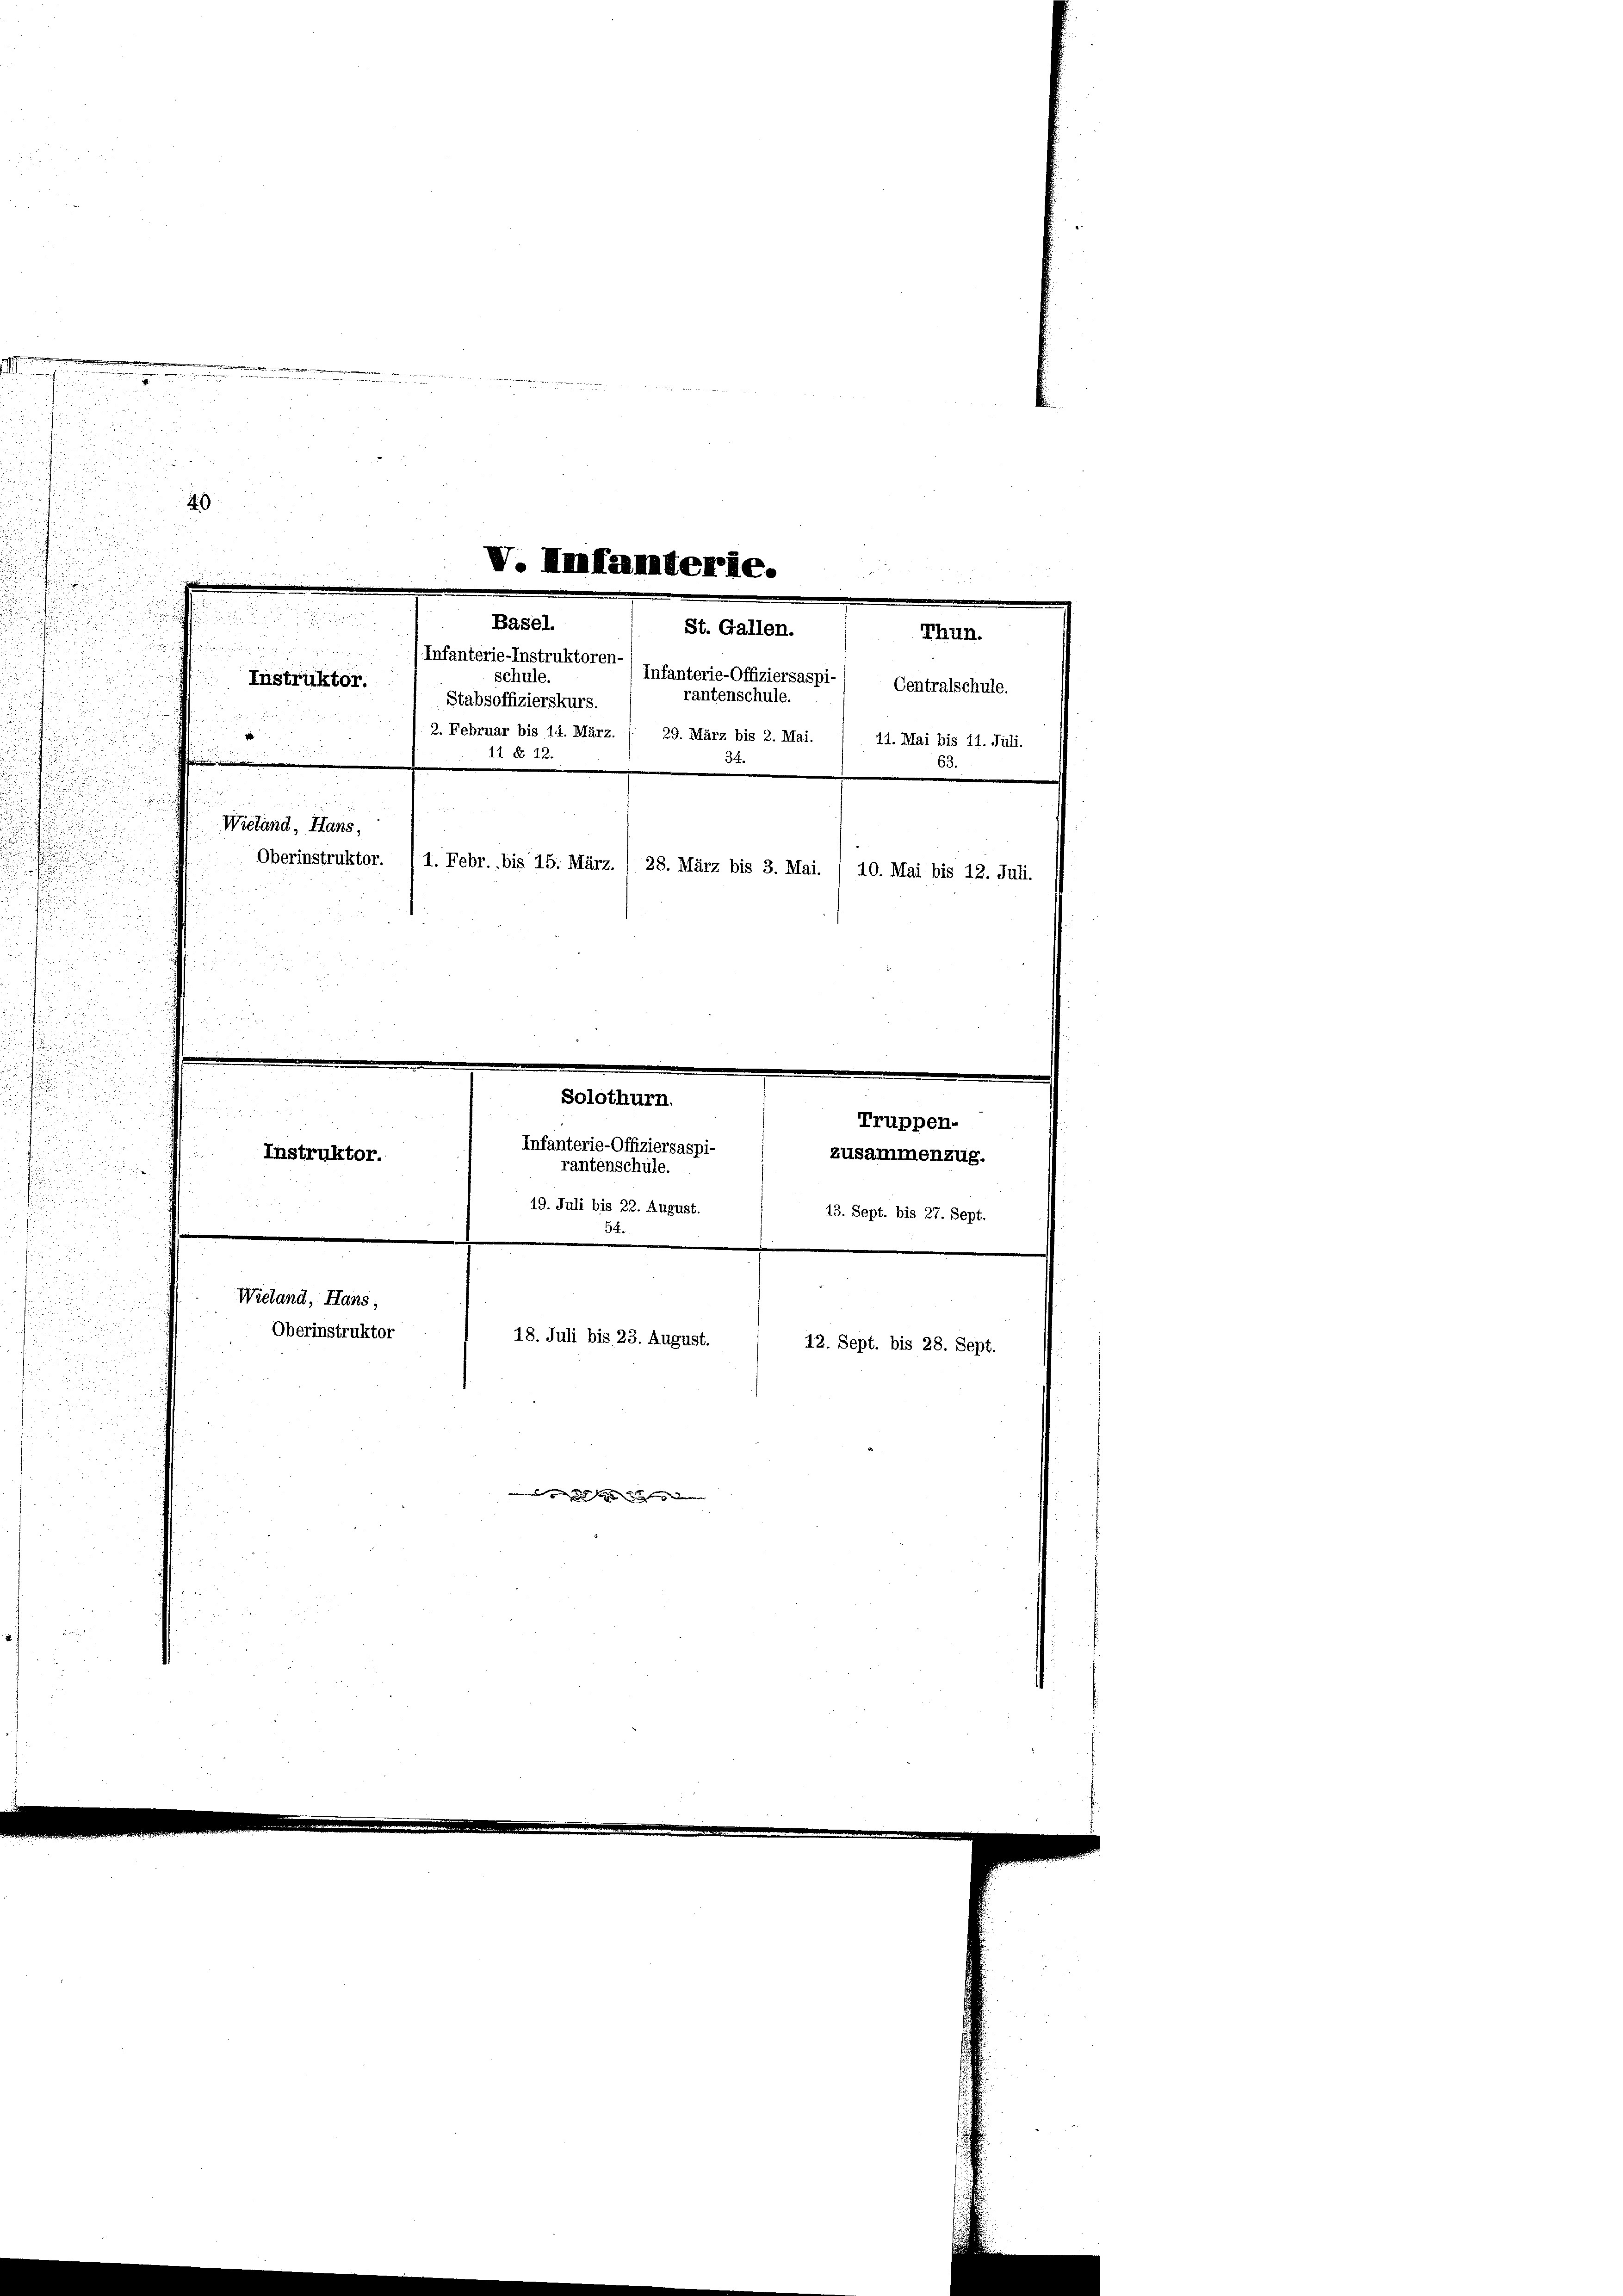
.
49
Stabsoffizierskurs.
 2. Februar bis 14. März. / 29. März bis 2. Mai. 1 11. Mai bis 11. Juli.
11 No 12.
F
Wieland, Hans,
Oberinstruktor. 11. Febr. bis 15. März. / 28. März bis 3. Mai. / 10. Mai bis 12. Juli.

.
u

u

a

.

V. Infanterie.
2

25

Basel.
St. Gallen.
Thun.
eicher

Infanterie-Instruktoren-
schule.
Infanterie-Offiziersaspi-/ Centralschule.
Instruktor.
rantenschule.

r
Infanterie-Offiziersaspi¬
Instruktor.
rantenschule.
i
19. Juli bis 22. August.
Wieland, Hans,
Oberinstruktor
18. Juli bis 23. August.

e
Solothurn.

63

die er die lang de

Truppen-
zusammenzug.

13. Sept. bis 27. Sept.

12. Sept. bis 28. Sept.